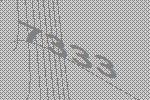
7333